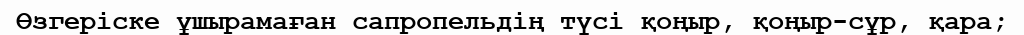
Өзгеріске ұшырамаған сапропельдің түсі қоңыр, қоңыр-сұр, қара;